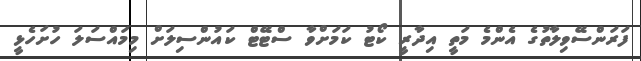
ފަރަންސޭވިލާތުގެ އެންމެ މަތީ އިދާރީ ކޯޓު ކަމަށްވާ ސްޓޭޓް ކައުންސިލަށް މިމައްސަލަ ހުށަހެޅީ